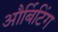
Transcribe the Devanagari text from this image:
और्बिटिंग